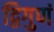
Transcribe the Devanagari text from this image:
द्विगुणं